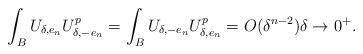
LaTeX: \begin{align*} \int_{B} U_{\delta,e_n}U_{\delta,-e_n}^p =\int_{B} U_{\delta,-e_n}U_{\delta,e_n}^p =O(\delta^{n-2})\delta\to 0^+.\end{align*}